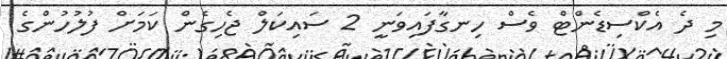
މި ދެ އެކްސިޑެންޓް ވެސް ހިނގާފައިވަނީ 2 ސައިކަލް ޖެހިގެން ކަމަށް ފުލުހުންގެ